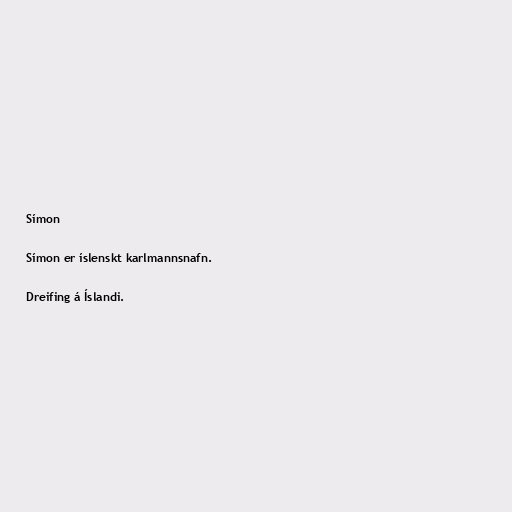
Símon

Símon er íslenskt karlmannsnafn.

Dreifing á Íslandi.